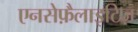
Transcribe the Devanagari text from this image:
एनसेफ़ैलाइटिज़